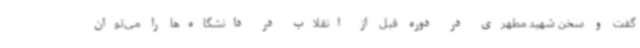
گفت و سخن شهید مطهری در دوره قبل از انقلاب در دانشگاه‌ها را می‌توان